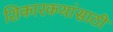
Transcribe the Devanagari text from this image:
शिकारकथांसाठी